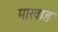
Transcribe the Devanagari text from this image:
मारवाङ